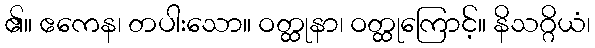
၏။ ဧကေန၊ တပါးသော။ ဝတ္ထုနာ၊ ဝတ္ထုကြောင့်။ နိသဂ္ဂိယံ၊